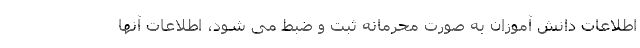
اطلاعات دانش آموزان به صورت محرمانه ثبت و ضبط می شود، اطلاعات آنها